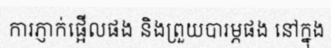
ការភ្ញាក់ផ្អើលផង និងព្រួយបារម្ភផង នៅក្នុង